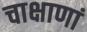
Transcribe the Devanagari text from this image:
चाक्षाणां